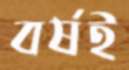
বর্ষই